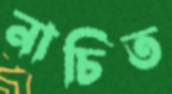
নাচিত